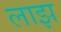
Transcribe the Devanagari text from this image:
लाझ